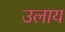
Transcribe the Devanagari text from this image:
उलाय